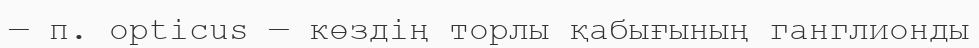
— п. opticus — көздің торлы қабығының ганглионды